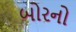
બોરનો